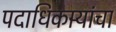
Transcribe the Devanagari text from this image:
पदाधिकार्‍यांचा